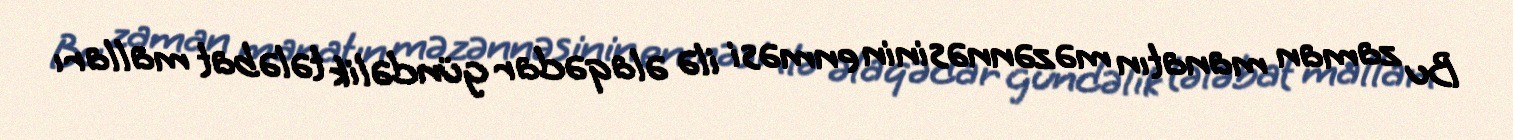
Bu zaman manatın məzənnəsinin enməsi ilə əlaqədar gündəlik tələbat malları